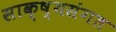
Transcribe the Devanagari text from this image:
साक्ष्यसंगत